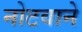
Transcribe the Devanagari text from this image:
नोटवाने